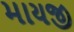
માયજી